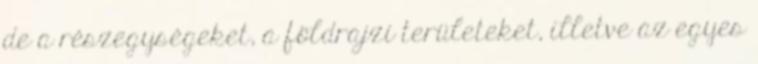
de a részegységeket, a földrajzi területeket, illetve az egyes